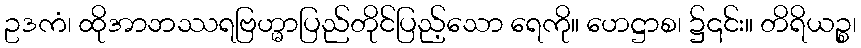
ဥဒကံ၊ ထိုအာဘဿရဗြဟ္မာပြည်တိုင်ပြည့်သော ရေကို။ ဟေဋ္ဌာစ၊ ၌၎င်း။ တိရိယဉ္စ၊